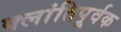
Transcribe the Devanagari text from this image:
क्लांतिपूर्वक